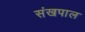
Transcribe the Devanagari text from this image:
संखपाल